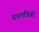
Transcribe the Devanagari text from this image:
प्रधमंत्रियों